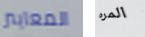
المعايير المره